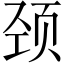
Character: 颈